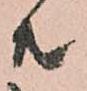
殿